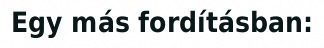
Egy más fordításban: